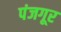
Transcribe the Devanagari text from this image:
पंजगूर